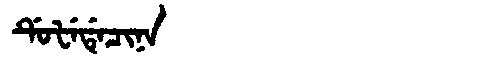
Manchu: ᡩᡠᡶᡝᡩᡝᠴᡳᠨᠠ
Romanization: DUFEDECINA